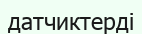
датчиктерді